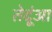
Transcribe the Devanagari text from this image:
तेदूंआ